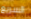
السريع